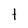
Character: t